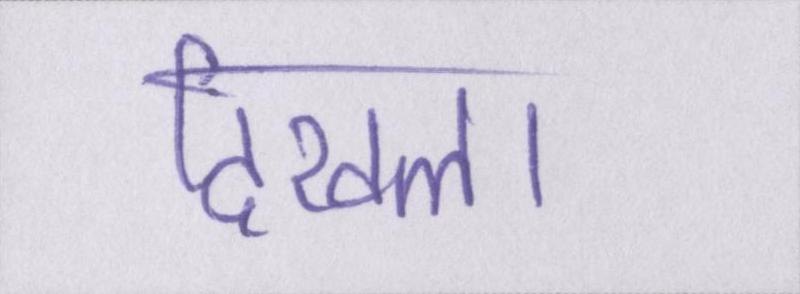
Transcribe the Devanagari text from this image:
दिखला